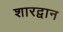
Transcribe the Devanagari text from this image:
शारद्वान